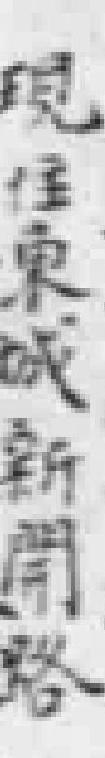
現住東城新開路